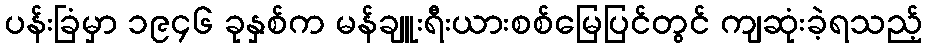
ပန်းခြံမှာ ၁၉၄၆ ခုနှစ်က မန်ချူးရီးယားစစ်မြေပြင်တွင် ကျဆုံးခဲ့ရသည့်